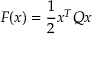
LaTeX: F ( x ) = { \frac { 1 } { 2 } } x ^ { T } Q x